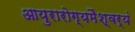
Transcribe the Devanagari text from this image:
आयुरारोग्यमैश्वर्यं